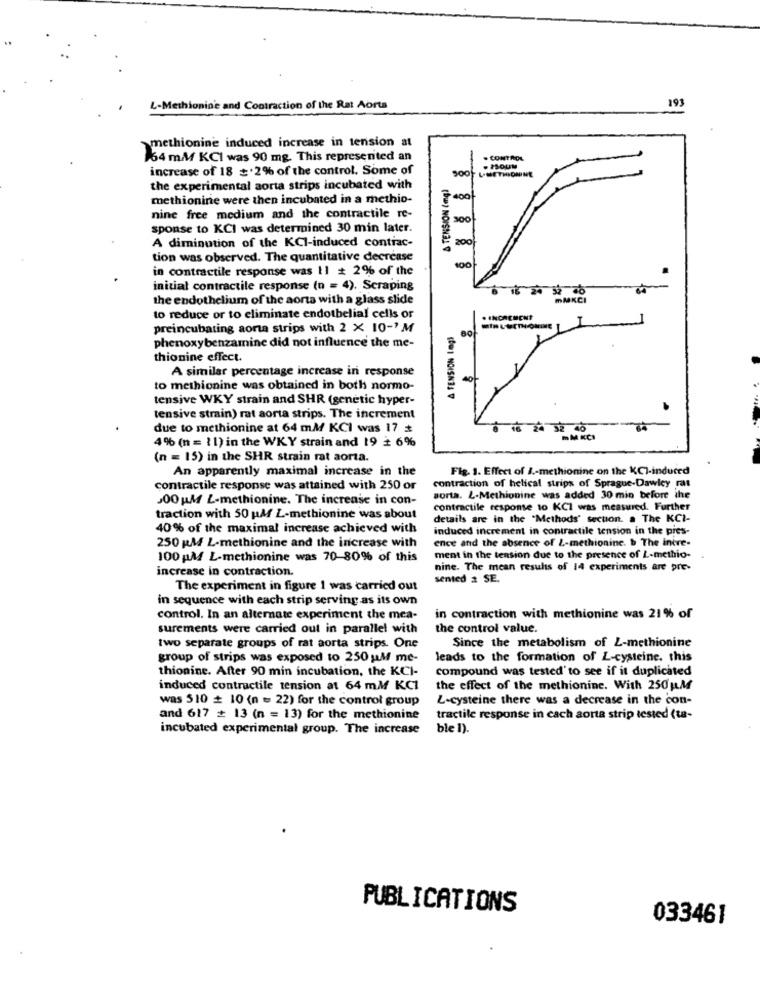
L-Methionine and Contraction of the Rat Aorta
193
methionine induced increase in tension at
154 mM KCI was 90 mg. This represented an
. CONTROL
increase of 18 2% of the control. Some of
L-METHIONINE
. FSOUM
8
the experimental aorta strips incubated with
methionine were then incubated in a methio-
400
nine free medium and the contractile re-
300
sponse to KCI was determined 30 min later.
200
A diminution of the KCI-induced contrac-
(bus) NOISNE!
tion was observed. The quantitative decrease
100
in contractile response was 11 # 2% of the
initial contractile response (n = 4), Scraping
6 16 24 32 06
the endothelium of the aorta with a glass slide
mMKCI
to reduce or to eliminate endothelial cells or
. INCREMENT
preincubating aorta strips with 2 X 10-3 M
& TENSION Ing)
phenoxybenzamine did not influence the me-
thionine effect.
A similar percentage increase in response
40
to methionine was obtained in both normo-
tensive WKY strain and SHR (genetic hyper-
tensive strain) rat aorta strips. The increment
due to methionine at 64 mM KCI was 17 #
18 24 32 40
4% (n = 11) in the WKY strain and 19 + 6%
(n = 15) in the SHR strain rat aorta.
An apparently maximal increase in the
Fig. 1. Effect of J .- methionine on the KCI-induced
contractile response was attained with 250 or
contraction of helical strips of Sprague-Dawley ras
00 UM L-methionine. The increase in con-
sorta. L-Methionine was added 30 min before the
contractile response to KCI was measured. Further
traction with 50 uAf L-methionine was about
details are in the "Methods' section. a The KCI-
40% of the maximal increase achieved with
induced increment in contractile tension in the pres-
ence and the absence of 2-methionine. b The intre-
250 MM L-methionine and the increase with
100 pM L-methionine was 70-80% of this
ment in the tension due to the presence of L-methio-
increase in contraction.
nine. The mean results of 14 experiments are pre-
sented 2 SE.
The experiment in figure 1 was carried out
in sequence with each strip serving as its own
control. In an alternate experiment the mea-
in contraction with methionine was 21% of
surements were carried out in parallel with
the control value.
Since the metabolism of Z-methionine
two separate groups of rat aorta strips. One
group of strips was exposed to 250 uM me-
leads to the formation of L-cysteine. this
thionine. After 90 min incubation, the KCI-
compound was tested' to see if it duplicated
induced contractile tension at 64 mM KCI
the effect of the methionine. With 250MM
was 510 # 10 (n = 22) for the control group
L-cysteine there was a decrease in the con-
and 617 # 13 (n = 13) for the methionine
tractile response in cach aorta strip tested (ta-
incubated experimental group. The increase
ble 1).
PUBLICATIONS
033461